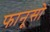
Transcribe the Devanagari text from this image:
फानूसो